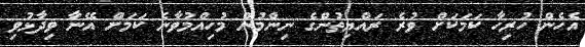
އެހެން ހުރިހާ ކަމަކަށް ވުރެ ރައްޔިތުންގެ ނިންމުން މުހިއްމުވާނެ ކަމަށް އޭނާ ވިދާޅުވި